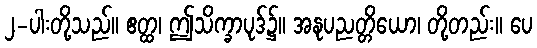
၂-ပါးတို့သည်။ ဧတ္ထ၊ ဤသိက္ခာပုဒ်၌။ အနုပညတ္တိယော၊ တို့တည်း။ ပေ